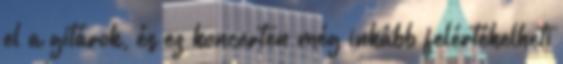
el a gitárok, és ez koncerten még inkább felértékelheti